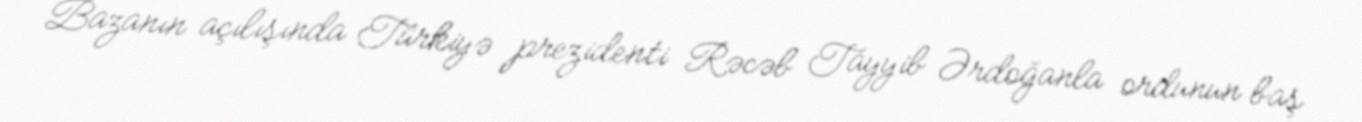
Bazanın açılışında Türkiyə prezidenti Rəcəb Tayyib Ərdoğanla ordunun baş